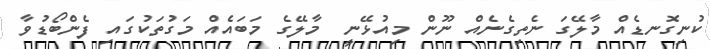
ކުނިގޮނޑެއް މާލޭގަ ނެތިގެނެއް ނޫން މިއުޅޭނީ  މާލޭގެ މަބައެއް މަގުތަކުގައި ފެންބޯޑުވާ